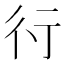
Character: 𬠽